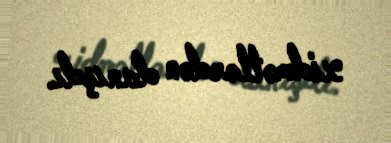
xidmətlərdən danışdı.